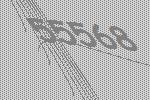
55568